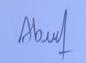
Signature authenticity: genuine